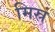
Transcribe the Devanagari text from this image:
मिस्रं